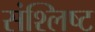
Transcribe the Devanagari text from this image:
संश्लिष्‍ट